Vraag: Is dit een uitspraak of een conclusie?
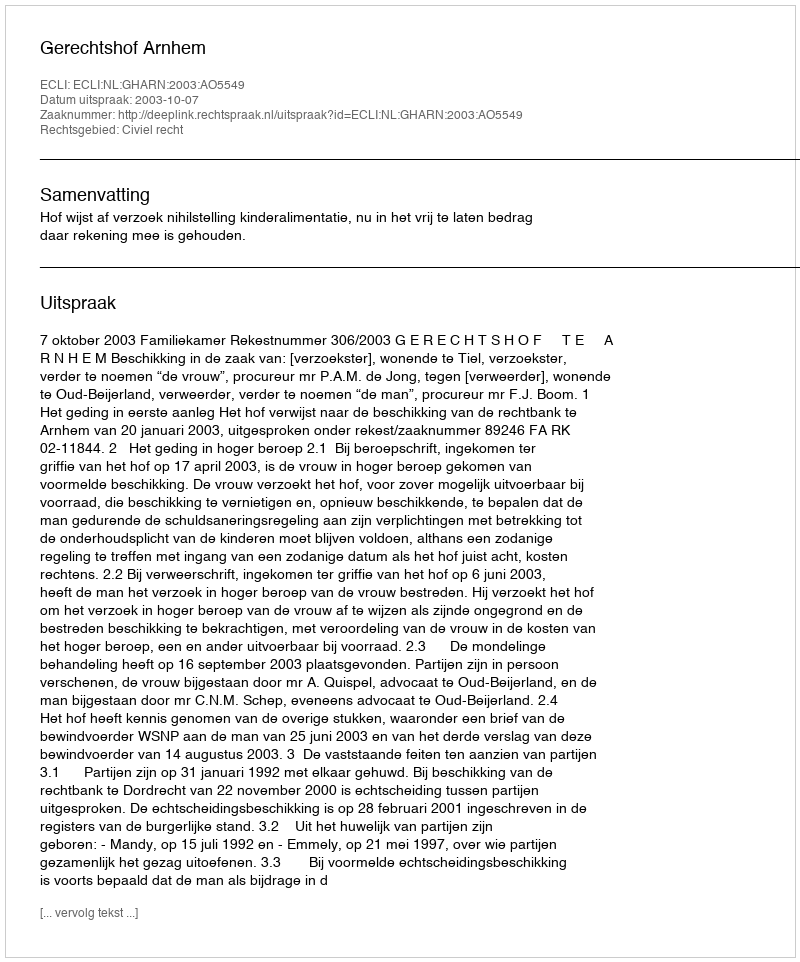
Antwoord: Uitspraak